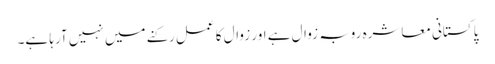
پاکستانی معاشرہ روبہ زوال ہے اور زوال کا عمل رکنے میں نہیں آرہا ہے۔